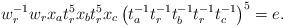
LaTeX: \begin{align*}w_r^{-1}w_rx_{a}t_{r}^{5}x_{b}t_{r}^{5}x_{c}\left(t_{a}^{-1}t_{r}^{-1}t_{b}^{-1}t_{r}^{-1}t_{c}^{-1}\right)^{5}=e.\end{align*}